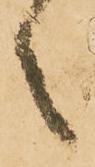
言